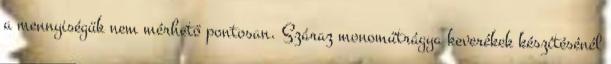
a mennyiségük nem mérhető pontosan. Száraz monoműtrágya keverékek készítésénél